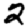
Digit: 2